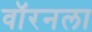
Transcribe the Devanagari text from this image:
वॉरनला